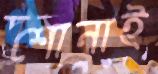
শোনাই